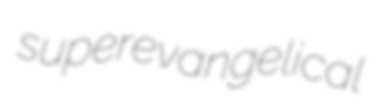
superevangelical